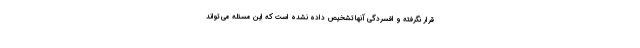
قرار نگرفته و افسردگی آنها تشخیص داده نشده است که این مسئله می تواند